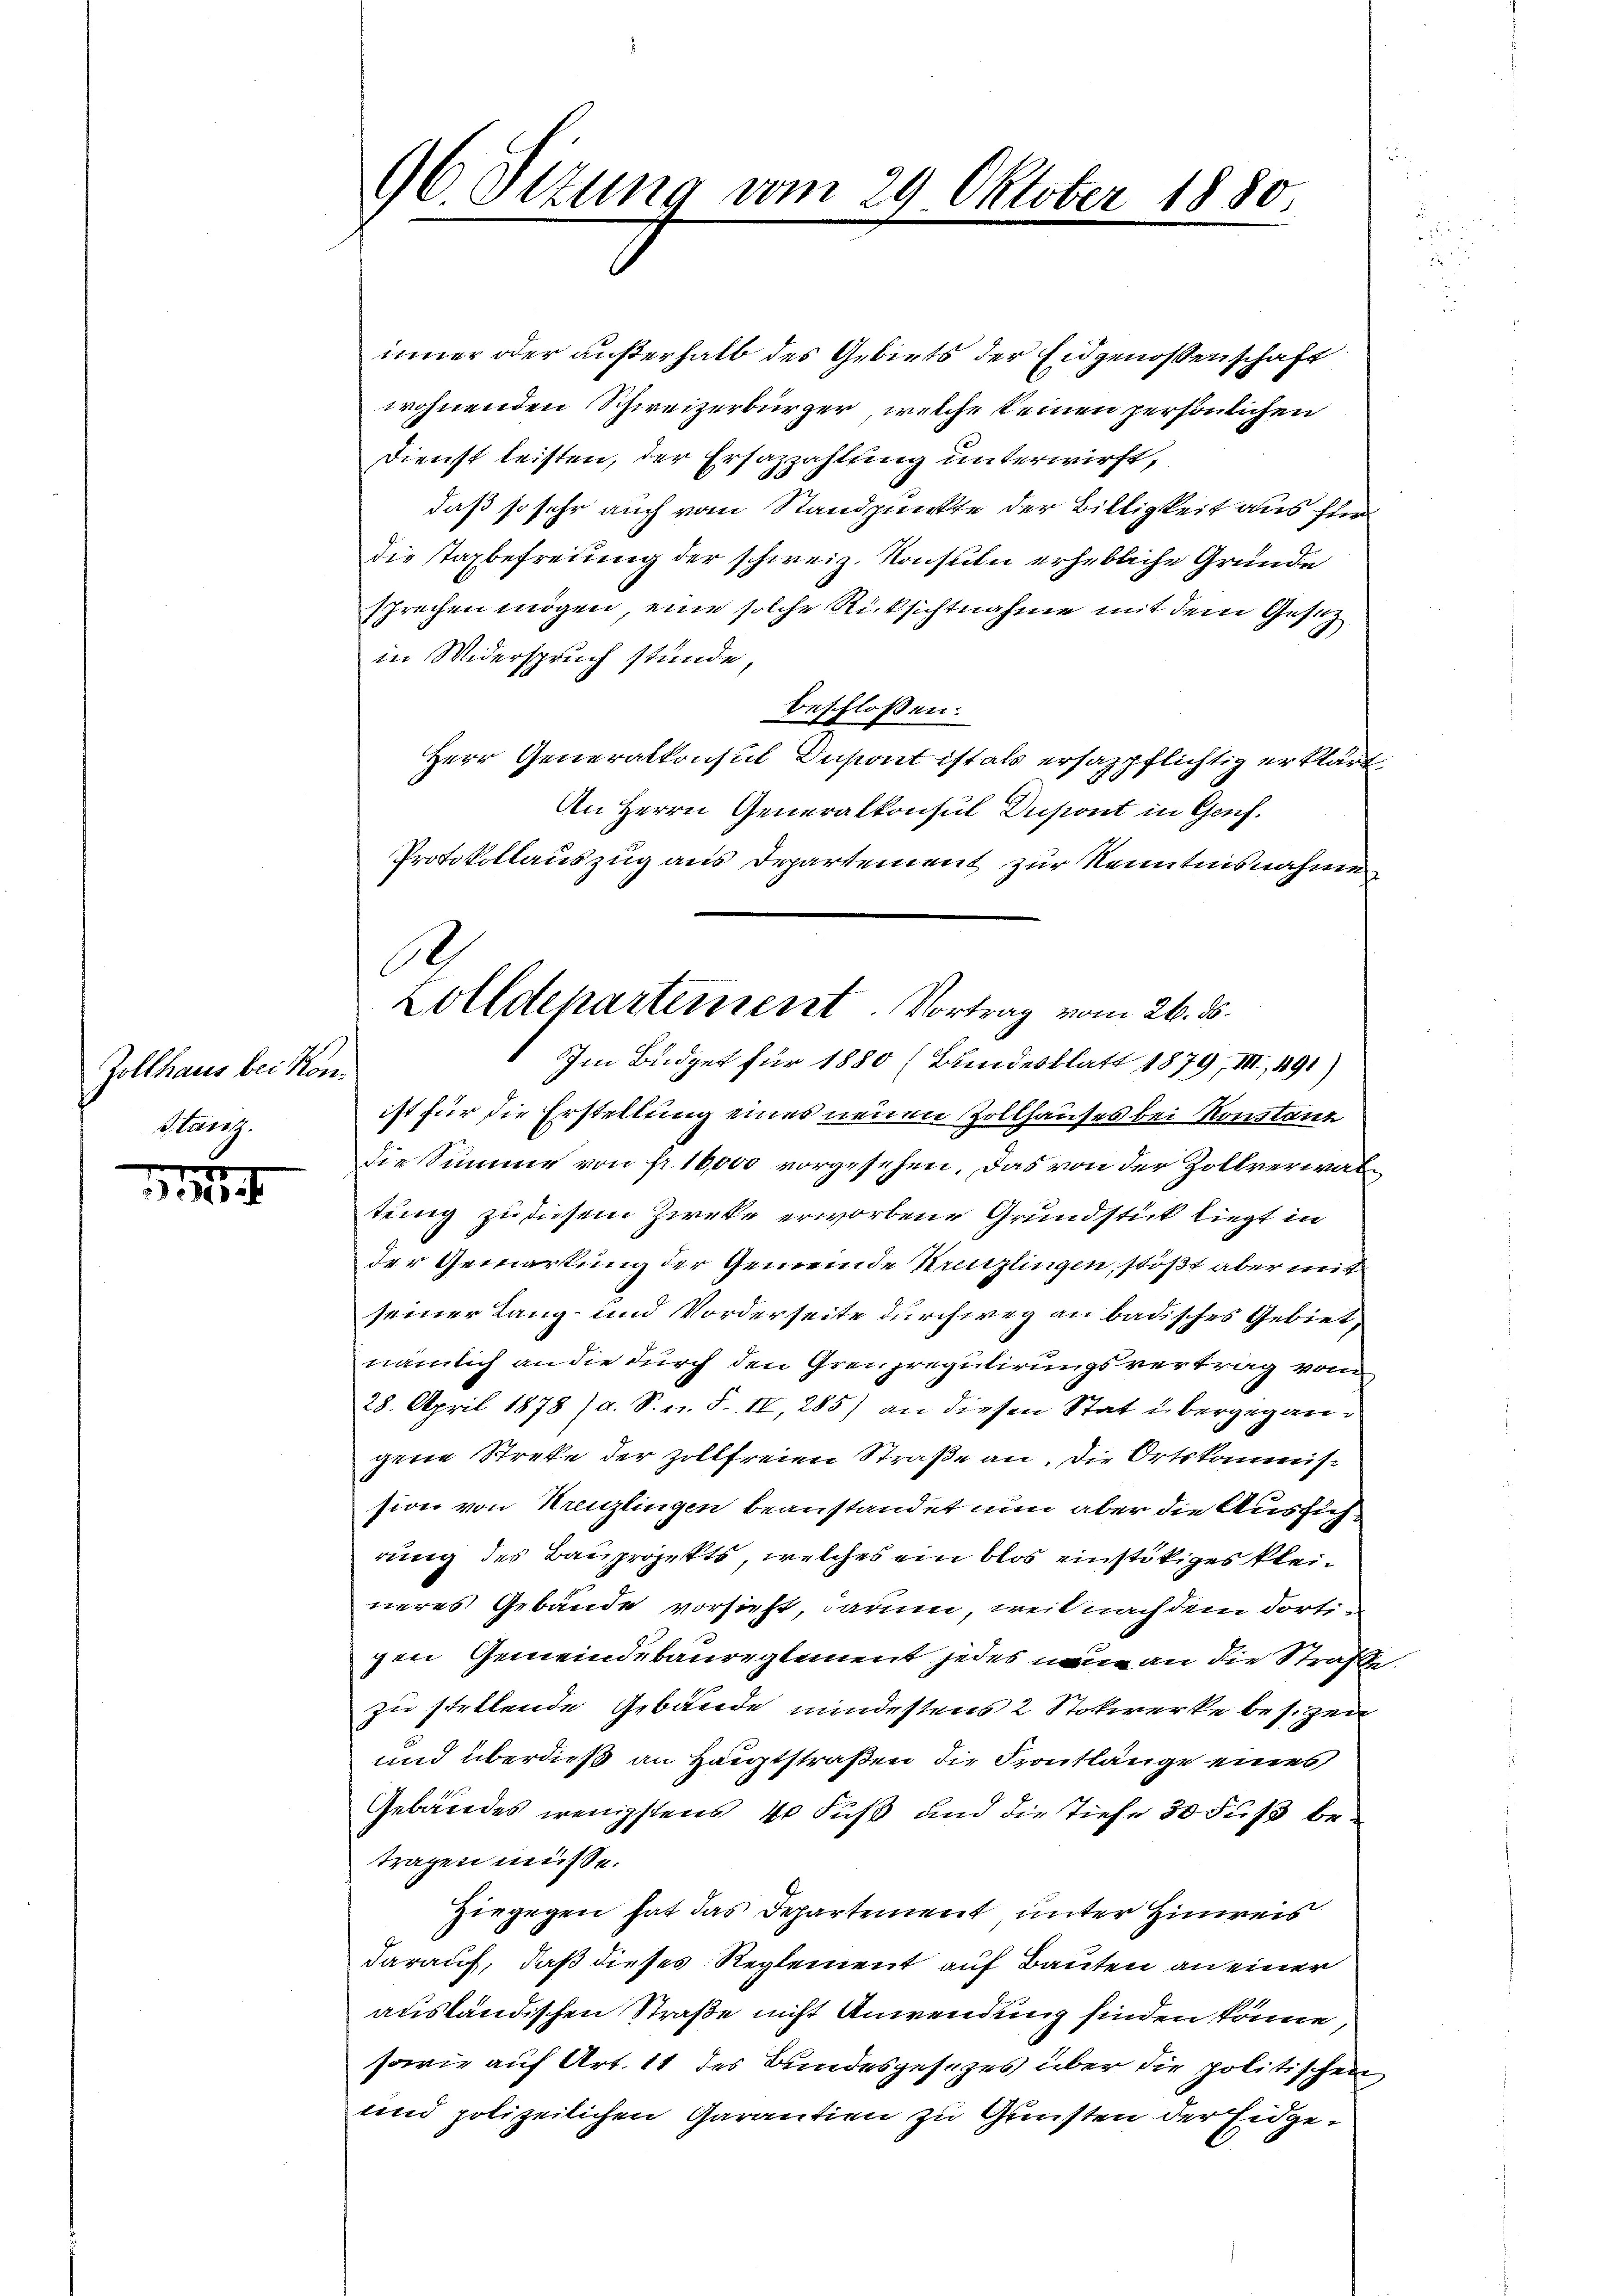
Zollhaus bei Kon¬
Glänz

96 Otzung vom 29 Oktober 1880

inner oder außerhalb des Gebiets der Eidgenossenschaft
wohnenden Schweizerbürger, welche keinen persönlichen
Dienst leisten, der Ersazzahlung unterwirft,
daß so sehr auch vom Standpunkte der Billigkeit aus für
die starbefreiung der schweiz. Konsuln erhebliche Gründe
sprechen mögen, eine solche Rücksichtnahme mit dem Gesetz
in Widerspruch stunde,
beschlossen:
Herr Generalkonsul Dapont ist als ersazpflichtig erklärt
An Herrn Generalkonsul Dupont in Genf.
Protokollauszug aus Departement zur Kenntnisnahme
ist für die Erstellung eines neuen Zollhauses bei Konstanz
die Summe von fr. 16,000 vorgesehen. Das von der Zollverwaltung zu diesem Zwecke erworbene Grundstück liegt in
der Gemarkung der Gemeinde Kreuzlingen, stößt aber mit
seiner Lang- und Vorderseite durchweg an badisches Gebiet,
nämlich an die durch den Grenzregulirungsvertrag vom
28. April 1878 (a. S. n. F. II, 285) an diesen Stat übergegangene Streke der Zollfreien Straße an. Die Ortskommission von Kreuzlingen beanstandet nun aber die Aussichrung des Bauprojekts, welches ein blos einstitiges kleineres Gebäude vorsicht, darum, weil nach dem dortigen Gemeindebaureglement jedes neue an die Straße
zu stellende Gebäude mindestens 2 Stockwerke besizen
und überdieß an Hauptstraßen die Frontlänge eines
Gebäudes wenigstens 40 Fuß und die tiefe 30 Fuß betragen müsse.
Hiegegen hat das Departement unter Hinweis
darauf, daß dieses Reglement auf Bauten an einer
ausländischen Straße nicht Anwendung finden könne,
sowie auf Art. 11 des Bundesgesezes über die politischen
und polizeilichen Garantien zu Gunsten der Eidge¬

.
Zolldepartement Vortrag vom 26. ds.
Im Büdget für 1880 (Bundesblatt 1879, III, 491)